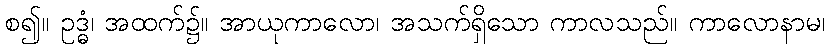
စ၍။ ဥဒ္ဓံ၊ အထက်၌။ အာယုကာလော၊ အသက်ရှိသော ကာလသည်။ ကာလောနာမ၊